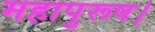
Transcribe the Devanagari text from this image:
महापुरूष।